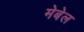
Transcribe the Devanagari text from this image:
मेबेल